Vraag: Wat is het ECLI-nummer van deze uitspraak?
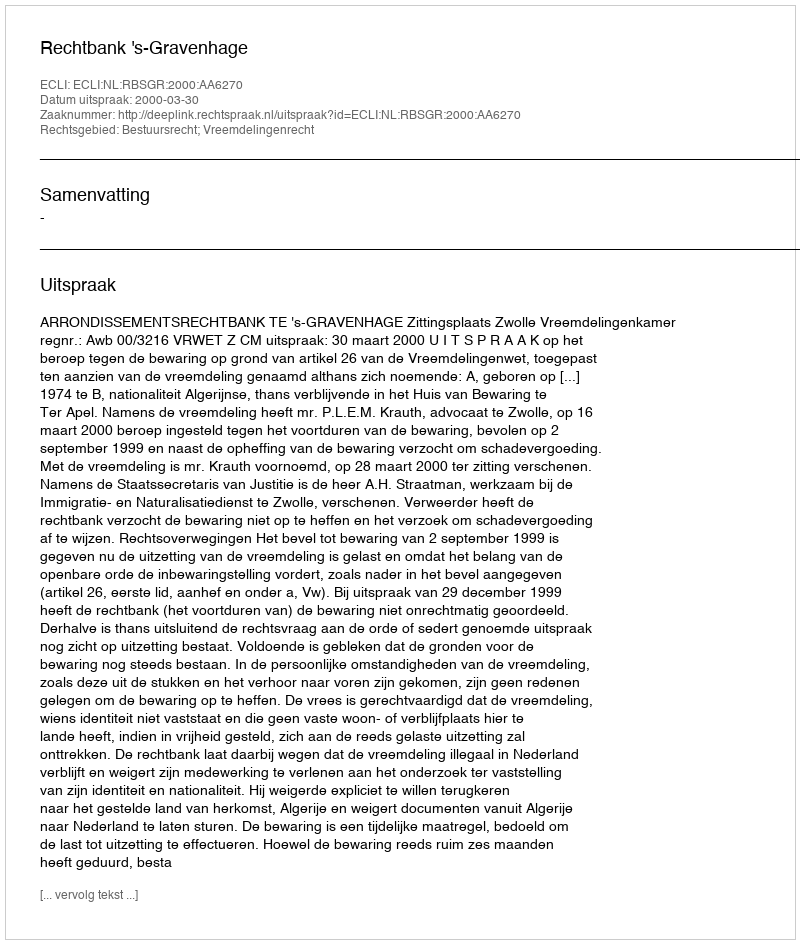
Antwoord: ECLI:NL:RBSGR:2000:AA6270